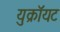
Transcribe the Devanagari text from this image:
युक्रॉयट